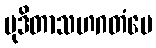
မုဒိတာသဟဂတံပေ